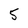
Character: 5